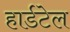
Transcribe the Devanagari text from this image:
हार्डटेल